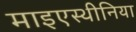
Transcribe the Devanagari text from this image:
माइएस्थीनिया